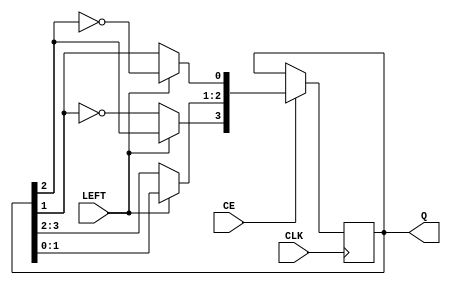
module jcounter (LEFT, CE, CLK, Q) ;

//Inputs
input CE ;	//Clock Enable
input LEFT ;	//Direction Control
input CLK ;	//Clock Input

//Outputs
output [3:0] Q;

reg [3:0] Q;

initial
 begin
    Q[3:0] = 4'b0000;
 end

always @ ( posedge CLK ) begin		//CLK rising edge
      
   if(CE) begin
      if(LEFT) begin
         Q[3:1] = Q[2:0];	//Shift lower bits (Left Shift)
         Q[0]=!Q[3];		//Circulate inverted MSB to LSB
      end
      else begin
         Q[2:0] = Q[3:1];	//Shift upper bits (Right Shift)
         Q[3] = !Q[0];		//Circulate inverted LSB to MSB
      end
   end
   
end

endmodule